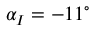
\alpha _ { I } = - 1 1 ^ { \circ }